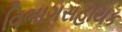
વિભાગસહાયક